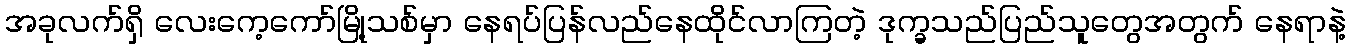
အခုလက်ရှိ လေးကေ့ကော်မြို့သစ်မှာ နေရပ်ပြန်လည်နေထိုင်လာကြတဲ့ ဒုက္ခသည်ပြည်သူတွေအတွက် နေရာနဲ့